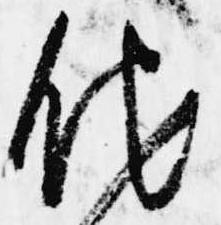
他